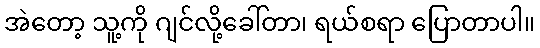
အဲတော့ သူ့ကို ဂျင်လို့ခေါ်တာ၊ ရယ်စရာ ပြောတာပါ။